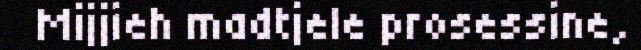
Mijjieh madtjele prosessine,